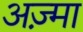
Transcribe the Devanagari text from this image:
अज़्मा